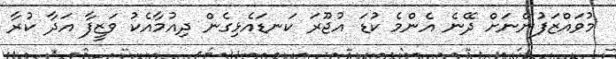
މުވައްޒަފުންނަށް ދޭނެ އެންމެ ކުޑަ އުޖޫރަ ކަނޑައެޅިގެން ދިއުމާއެކު ވަޒީފާ އަދާ ކުރާ